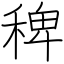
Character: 稗